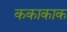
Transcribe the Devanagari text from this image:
ककाकाक